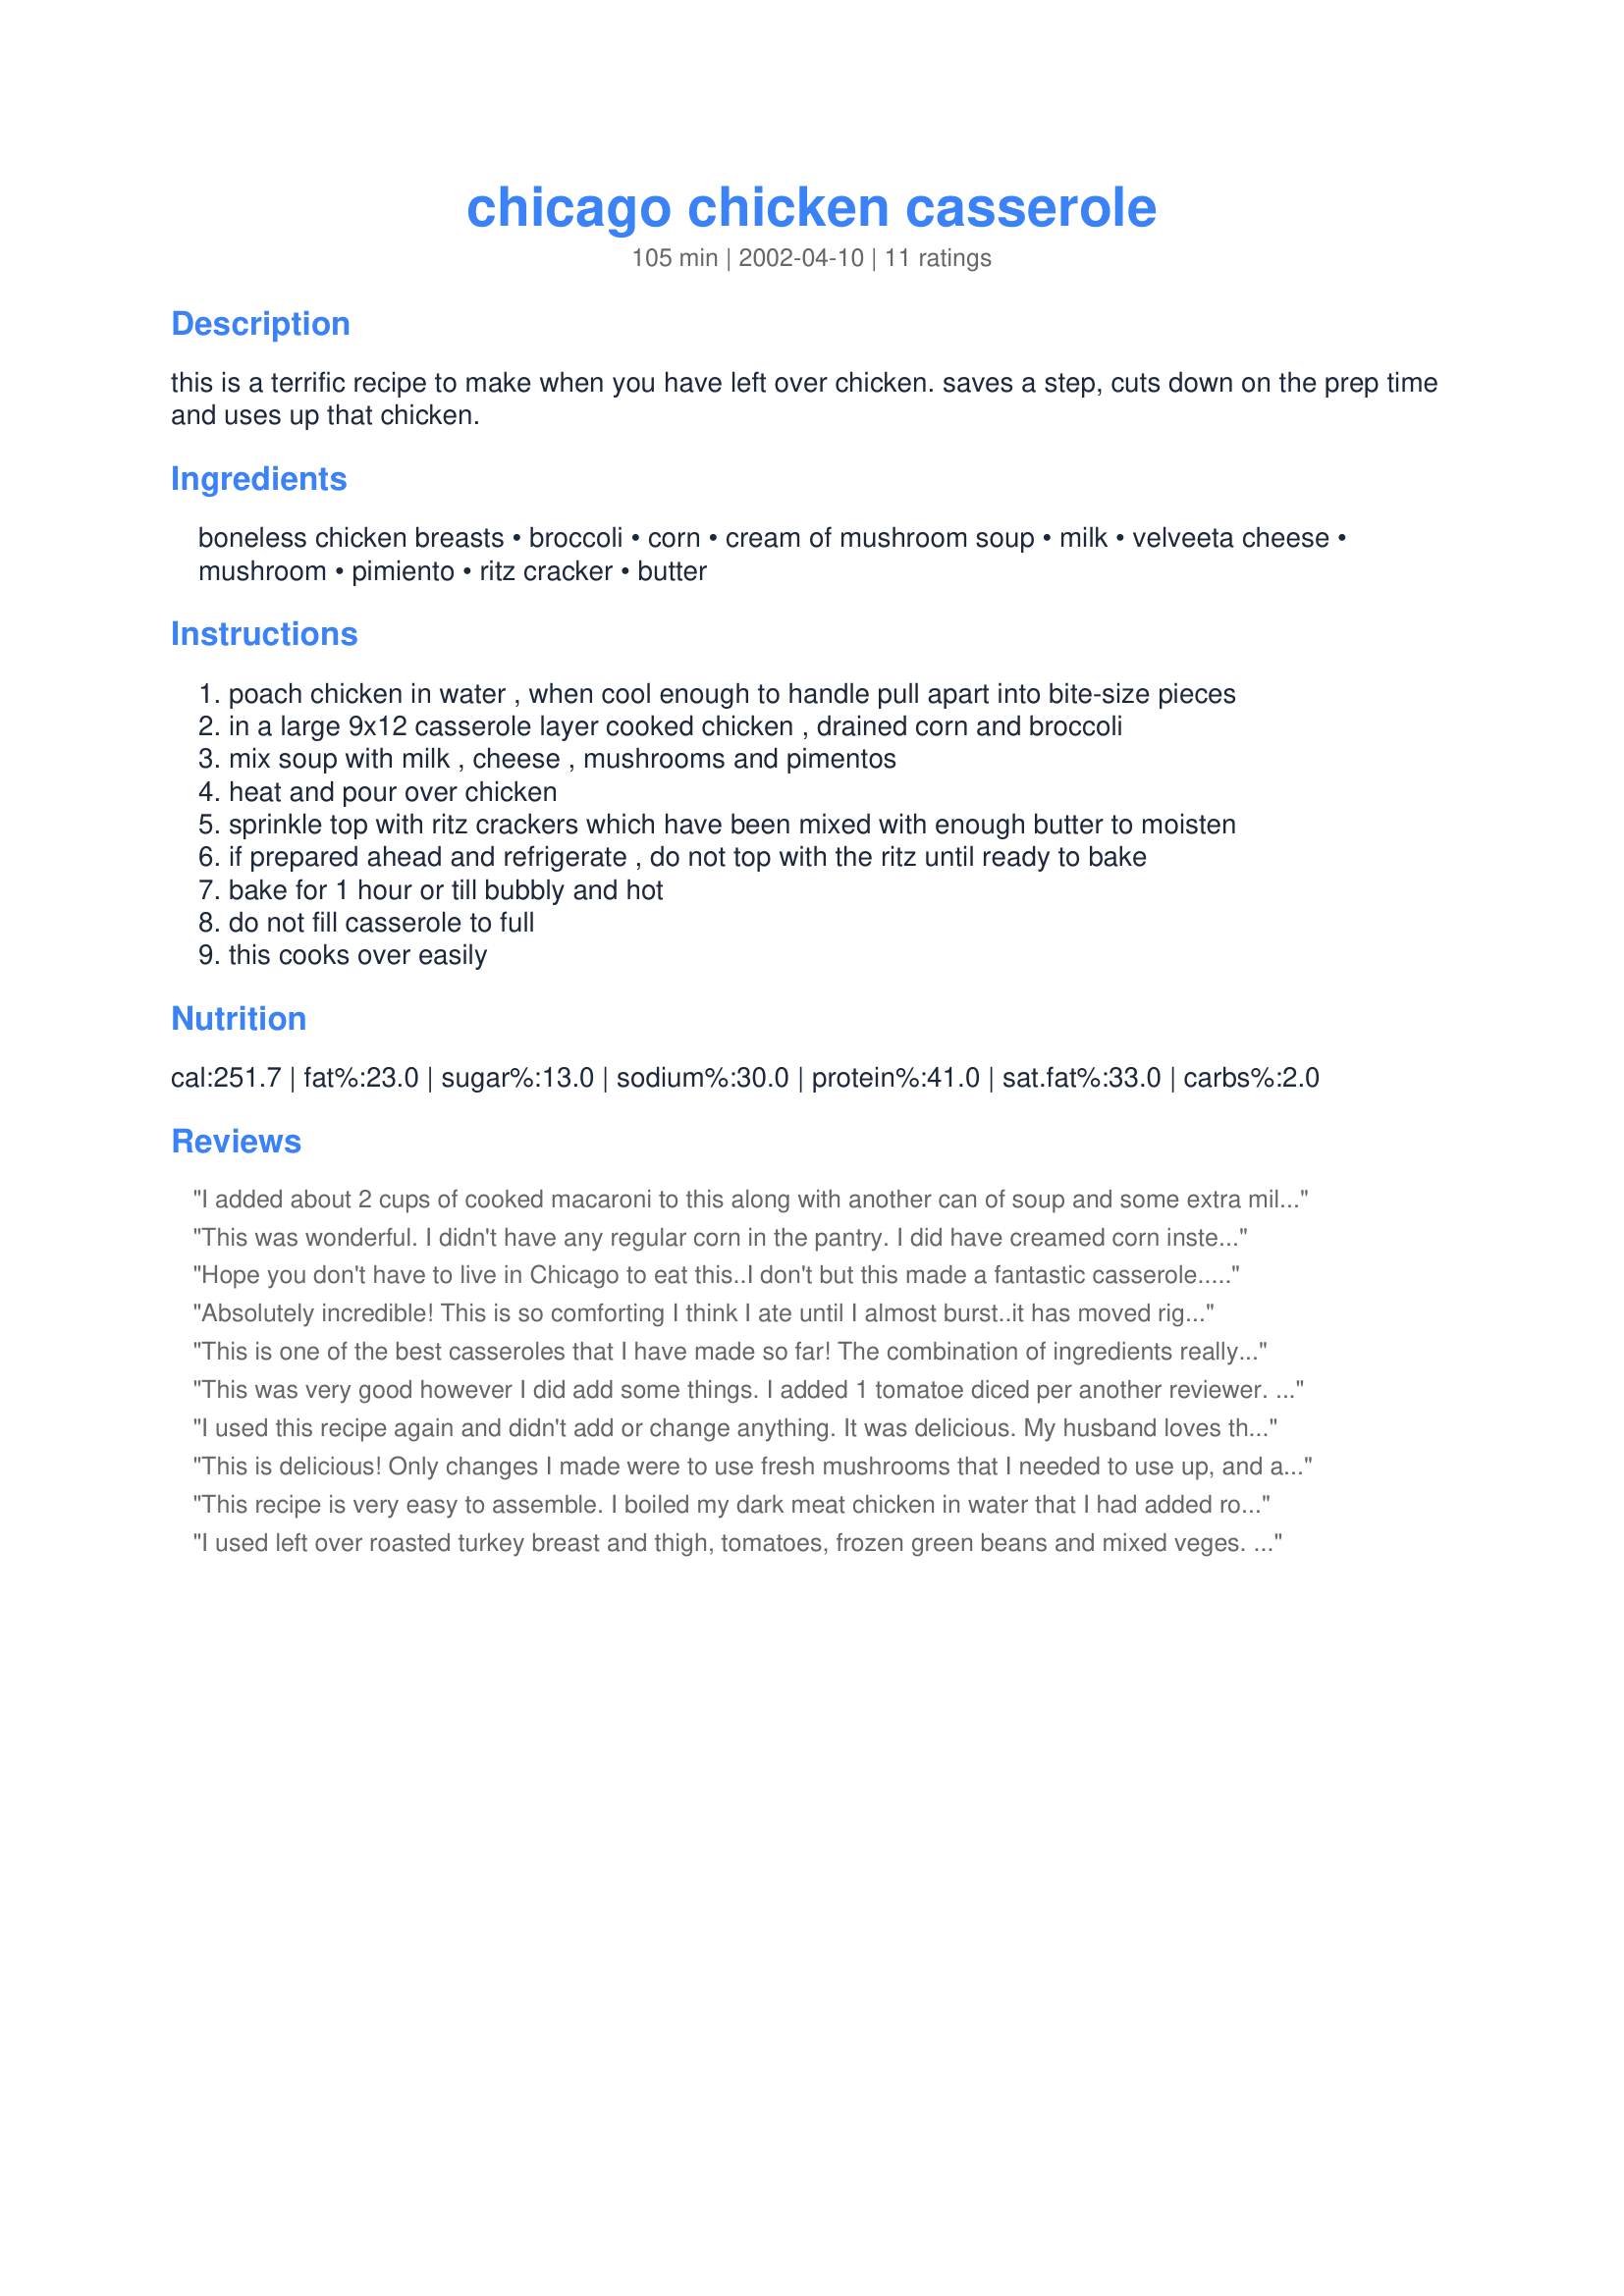
chicago chicken casserole
Preparation time: 105 minutes

this is a terrific recipe to make when you have left over chicken. saves a step, cuts down on the prep time and uses up that chicken.

Ingredients:
boneless chicken breasts, broccoli, corn, cream of mushroom soup, milk, velveeta cheese, mushroom, pimiento, ritz cracker, butter

Steps:
poach chicken in water , when cool enough to handle pull apart into bite-size pieces
in a large 9x12 casserole layer cooked chicken , drained corn and broccoli
mix soup with milk , cheese , mushrooms and pimentos
heat and pour over chicken
sprinkle top with ritz crackers which have been mixed with enough butter to moisten
if prepared ahead and refrigerate , do not top with the ritz until ready to bake
bake for 1 hour or till bubbly and hot
do not fill casserole to full
this cooks over easily

Reviews:
I added about 2 cups of cooked macaroni to this along with another can of soup and some extra milk. I kept the Velveeta the same because my husband isn't a big fan of it. I stirred everything together then cooked in a 13 x 9 for 35-40 minutes. It was delicious! Very creamy and we enjoyed the corn/broccoli combo. I will make the recipe as written another time when my husband isn't requesting a "noodle casserole". Thanks for the recipe!!
This was wonderful. I didn't have any regular corn in the pantry. I did have creamed corn instead and used it. Very delicious. The first word my bf said was YUM after the first bite.
Hope you don't have to live in Chicago to eat this..I don't but this made a fantastic casserole..easy-peasy with the chicken I roasted the day before.. & it's full of flavor without being heavy...this has gone unreview till now--hope others give it a go--they won't be disappointed...
Absolutely incredible! This is so comforting I think I ate until I almost burst..it has moved right to the top of my favorite casserole list! I used leftover rotisserie chicken, and I also used fresh mushrooms that I had sauteed in a little butter. I also tossed some garlic powder into the cracker crumbs. I served this with some buttered egg noodles. The colors are fantastic too. It looks festive. I did not have any problem with this boiling over...infact I wish it were just a "tad" moister (is that even a word?) but even with that I will be making this casserole for the rest of my life. THANKS for sharing it!
This is one of the best casseroles that I have made so far! The combination of ingredients really complimented each other well. I used 2 Tbsp of butter to mix in with one tube of crushed Ritz crackers. Thanks for such a tasty recipe.
This was very good however I did add some things. I added 1 tomatoe diced per another reviewer. I used fresh mushrooms, garlic and green onion slightly sauteed in butter and I don't eat Ritz so used a dried stuffing bread crumbs for the topping. I also added 1 tsp of curry since I couldn't imagine anything without seasonings. It was devoured by my family! I did overcook it as it was ready in 30 mins or so at 350. I cooked it for 45 mins and it got a little dried out. I will make this again for sure! No leftovers either...too bad! Thanks for posting such a great recipe!!!
I used this recipe again and didn't add or change anything. It was delicious. My husband loves the whit meat and I prefer the dark. White meat tastes better reheated than the dark. Great recipe.

 sandy
This is delicious! Only changes I made were to use fresh mushrooms that I needed to use up, and a bit of diced bell peppers. This is a new favorite!!
This recipe is very easy to assemble. I boiled my dark meat chicken in water that I had added rosemary, thyme, celery, and a touch of sage to. I omitted the corn and used a California Mix of frozen veggies (carrots, cauliflower & broccoli). I thought it was very good.
I used left over roasted turkey breast and thigh, tomatoes, frozen green beans and mixed veges. Left out the mushrooms, corn, pimentos, and broccoli. I usually don't rate recipes when I make that many changes, but I am with this one because I think this is more a method then recipe. You can use any veges and leftover meat. The sauce poured over the top is what makes this tastey. I used crushed garlic melba toasts to top and served with rice. Quick, easy and delicious.
Five stars is NOT enough for this easy-to-fix and yummy casserole. I was afraid it might be bland...NOT! the leetle melty bites of velveeta just light this up! I did double the chicken (using up some frozen cooked CBs). Thank you so much for this keeper, dojemi!
